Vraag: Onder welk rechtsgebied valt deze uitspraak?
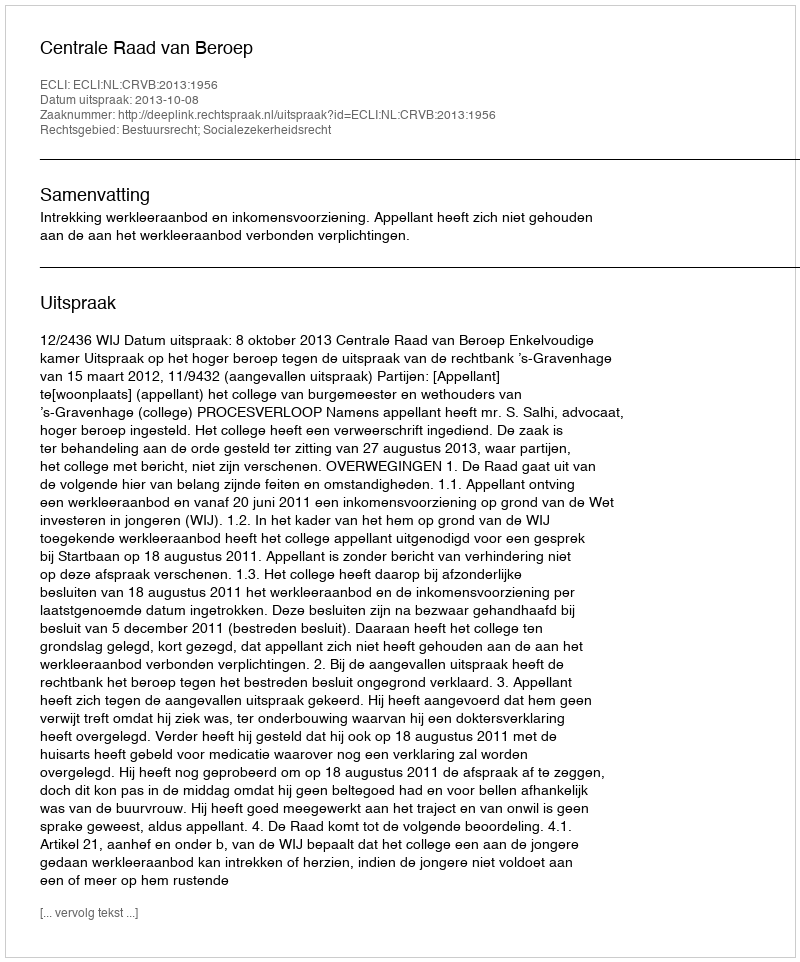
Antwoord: Bestuursrecht; Socialezekerheidsrecht